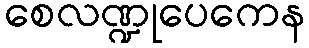
စေလဏ္ဍုပေကေန